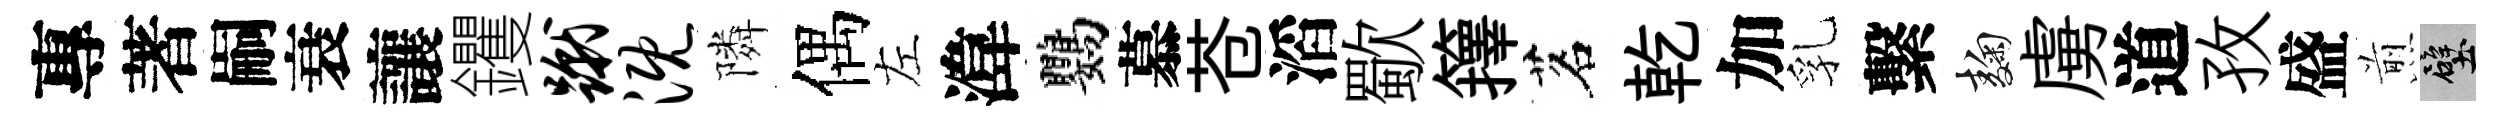
專著嗣衰讓钁蹴溉隣偶左湋鸚慕苍滔歜籜茗乾加乳繫麹虜道孜盛煎壁